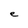
Character: e